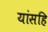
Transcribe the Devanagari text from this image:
यांसहि